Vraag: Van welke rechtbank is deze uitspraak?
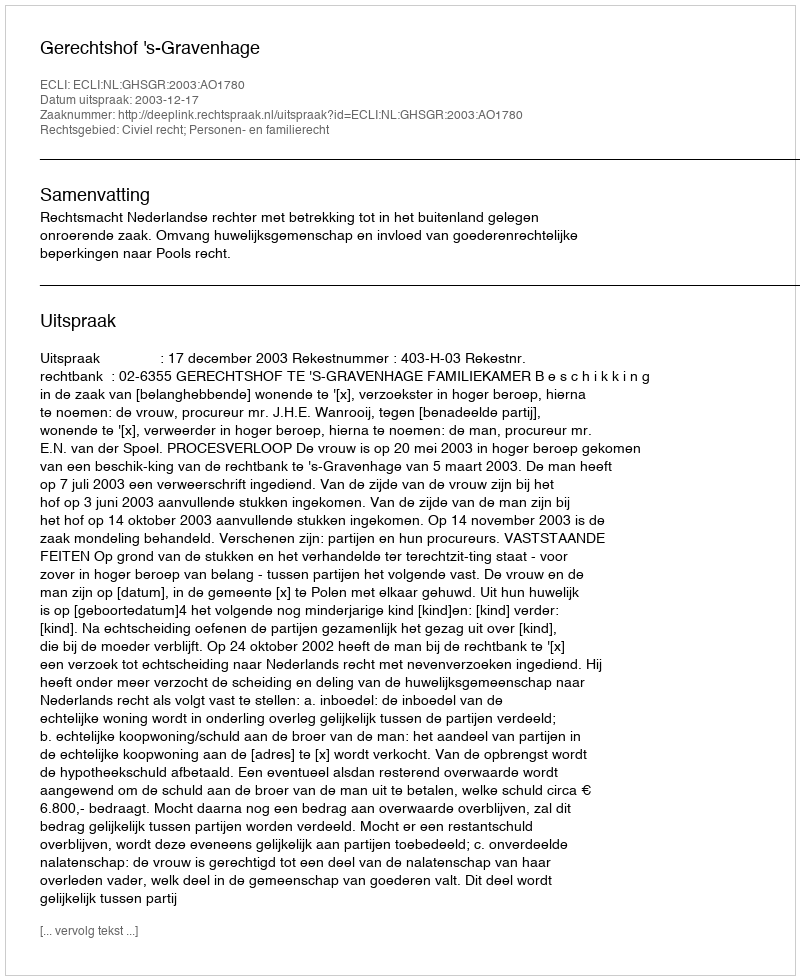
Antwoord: Gerechtshof 's-Gravenhage